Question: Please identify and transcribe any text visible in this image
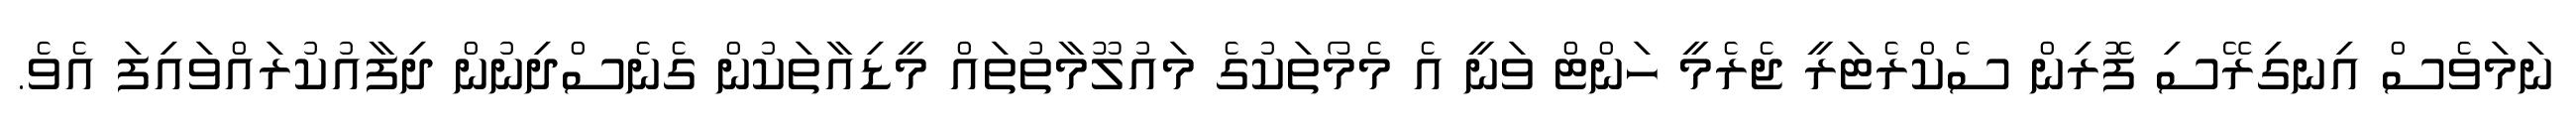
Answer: ނަމަވެސް އިނގިރޭސި ފޮރިން ސެކްރެޓަރީ ޖެރެމީ ހަންޓް ވަނީ އެ މެމޯތަކުގެ މައުލޫމާތުތައް މީޑިއާތަކުން ގެނެސްދިނުން ދިފާއުކުރައްވައިފަ އެވެ.